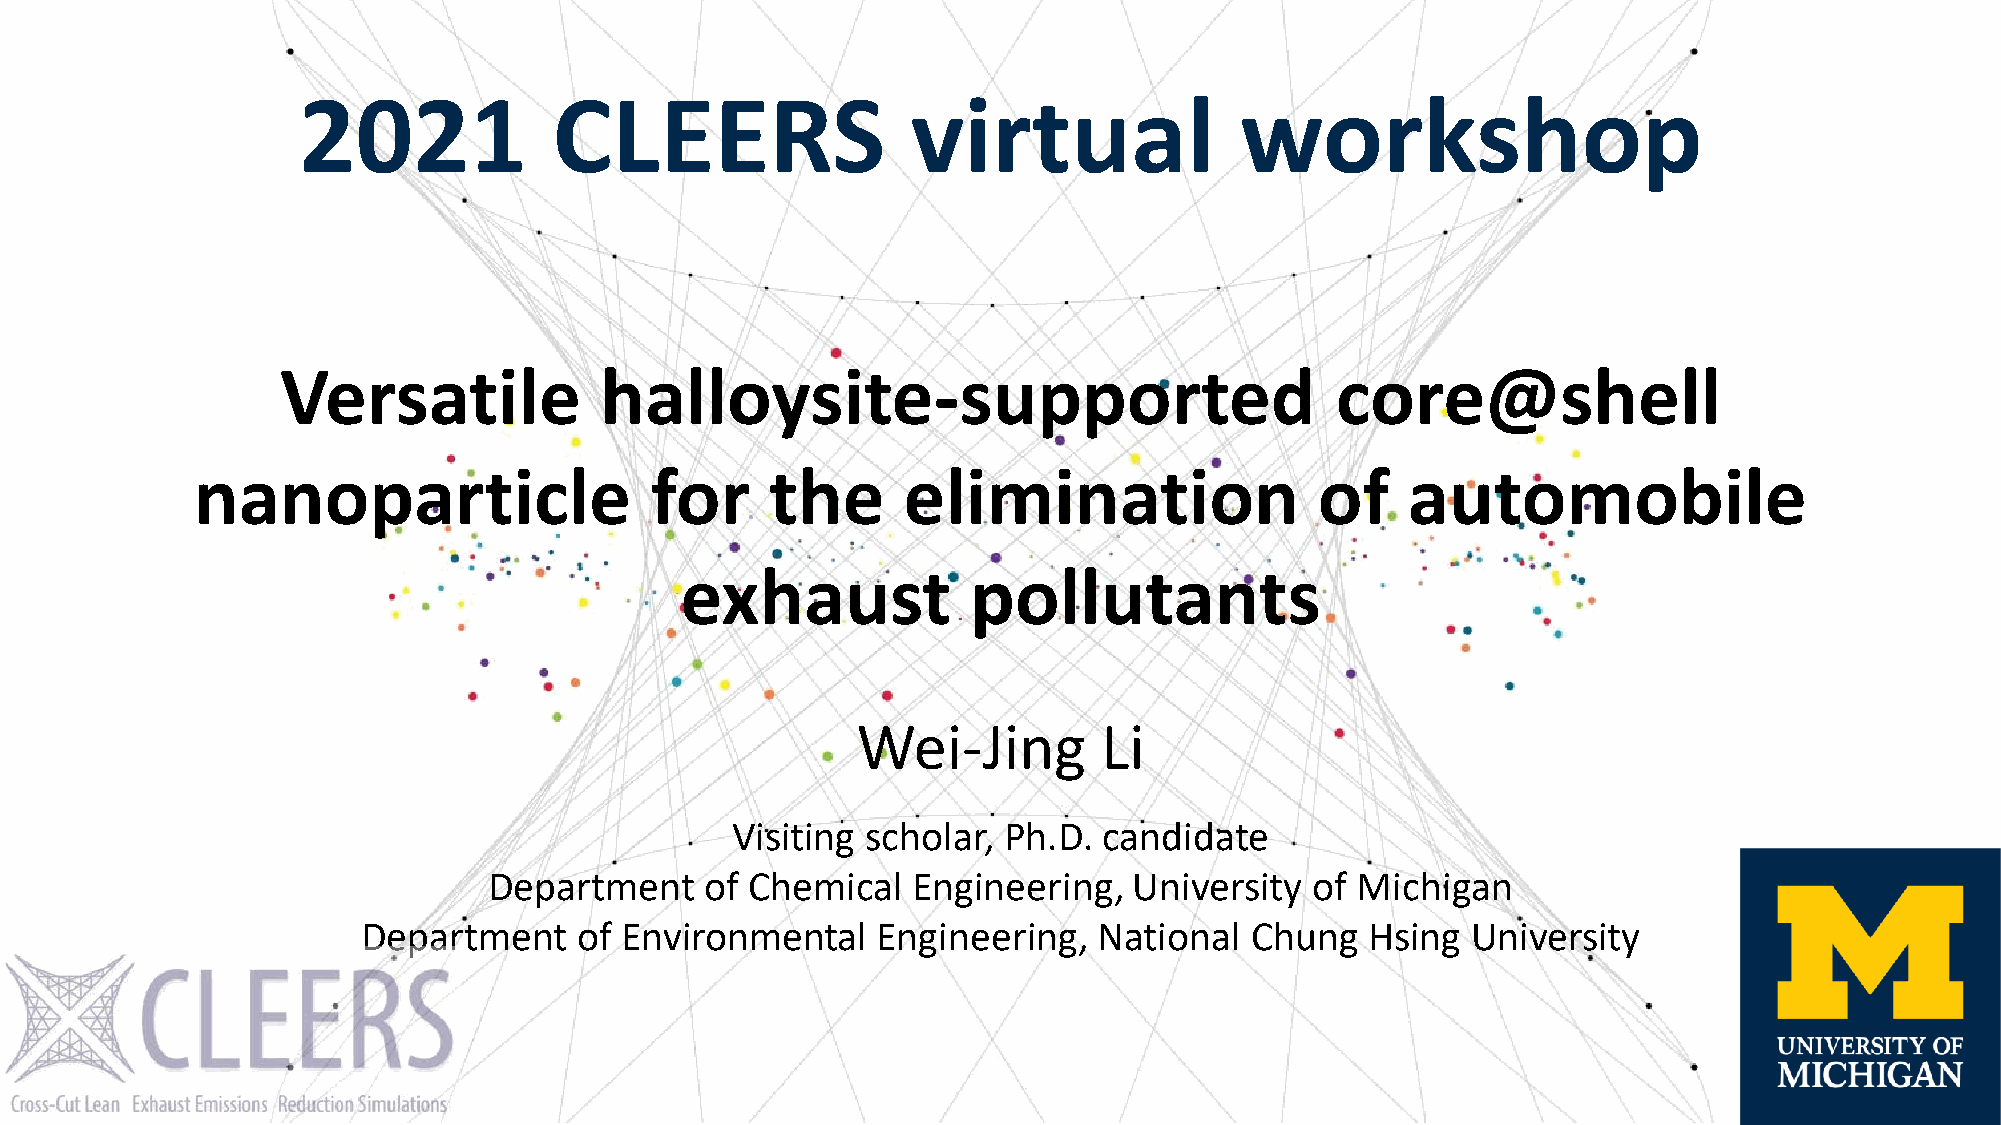
2021             CLEERS                 virtual               workshop
 Versatile            halloysite-supported                            core@shell
 nanoparticle                  for     the      elimination                of    automobile
 exhaust            pollutants
 Wei-Jing        Li
 Visiting scholar, Ph.D.  candidate
 Department     of Chemical  Engineering,   University  of Michigan
 Department    of Environmental    Engineering,   National  Chung   Hsing University